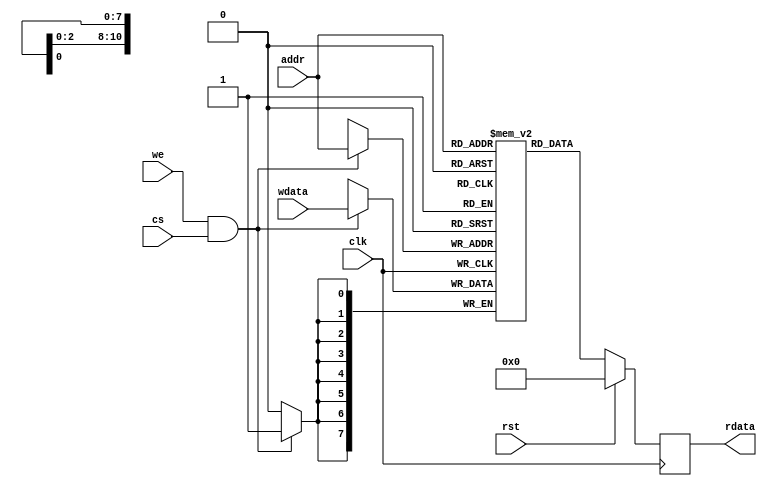
module ram_2k_1 (
    input             clk,
    input             rst,
    input             cs,
    input             we,
    input      [10:0] addr,
    output reg [ 7:0] rdata,
    input      [ 7:0] wdata
  );
  reg [7:0] mem[0:2047];  
  always @(posedge clk) rdata <= rst ? 8'h0 : mem[addr];
  always @(posedge clk) if (we && cs) mem[addr] <= wdata;
endmodule